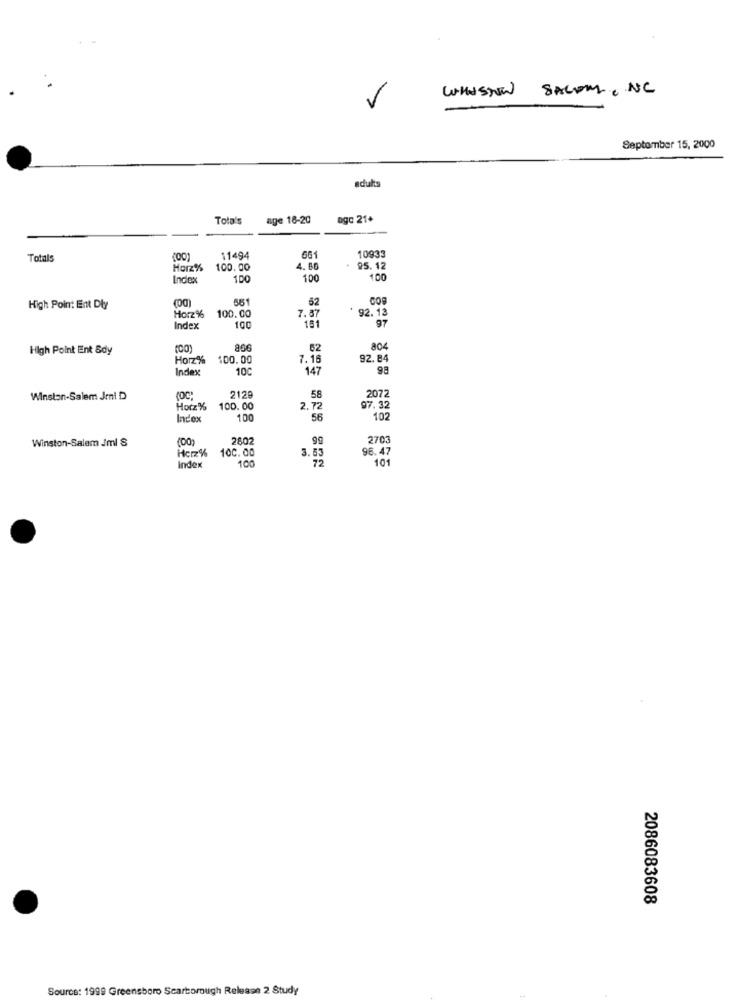
WINSTON SALEM , NC
-
September 15, 2000
adults
Tota's
age 16-20
ago 21+
Totals
11494
661
10933
Horz%
100.00
4.80
95.12
Index
100
100
100
(DO)
561
62
High Point Ent Dly
92.13
Horz%
100.00
7.87
181
97
Index
100
High Point Ent &dy
(00)
866
62
804
Horz%
100.00
7.16
92.84
Index
10C
147
2129
Winston-Salem Jeni D
58
2072
Horz%
100.00
2.72
97.32
Index
100
56
102
56
Winston-Salem Jml S
"00)
2602
2703
Herz%
100. 00
3.53
96.47
100
72
101
Index
2086083608
Source: 1999 Greensboro Scarborough Release 2 Study